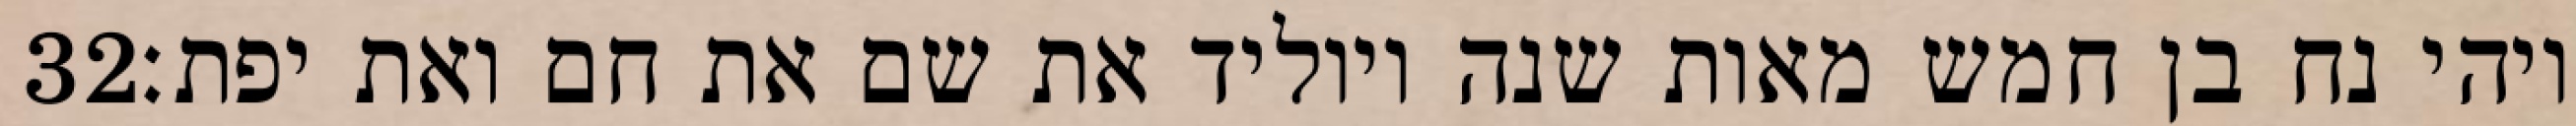
‎32‏ ויהי נח בן חמש מאות שנה ויוליד את שם את חם ואת יפת׃